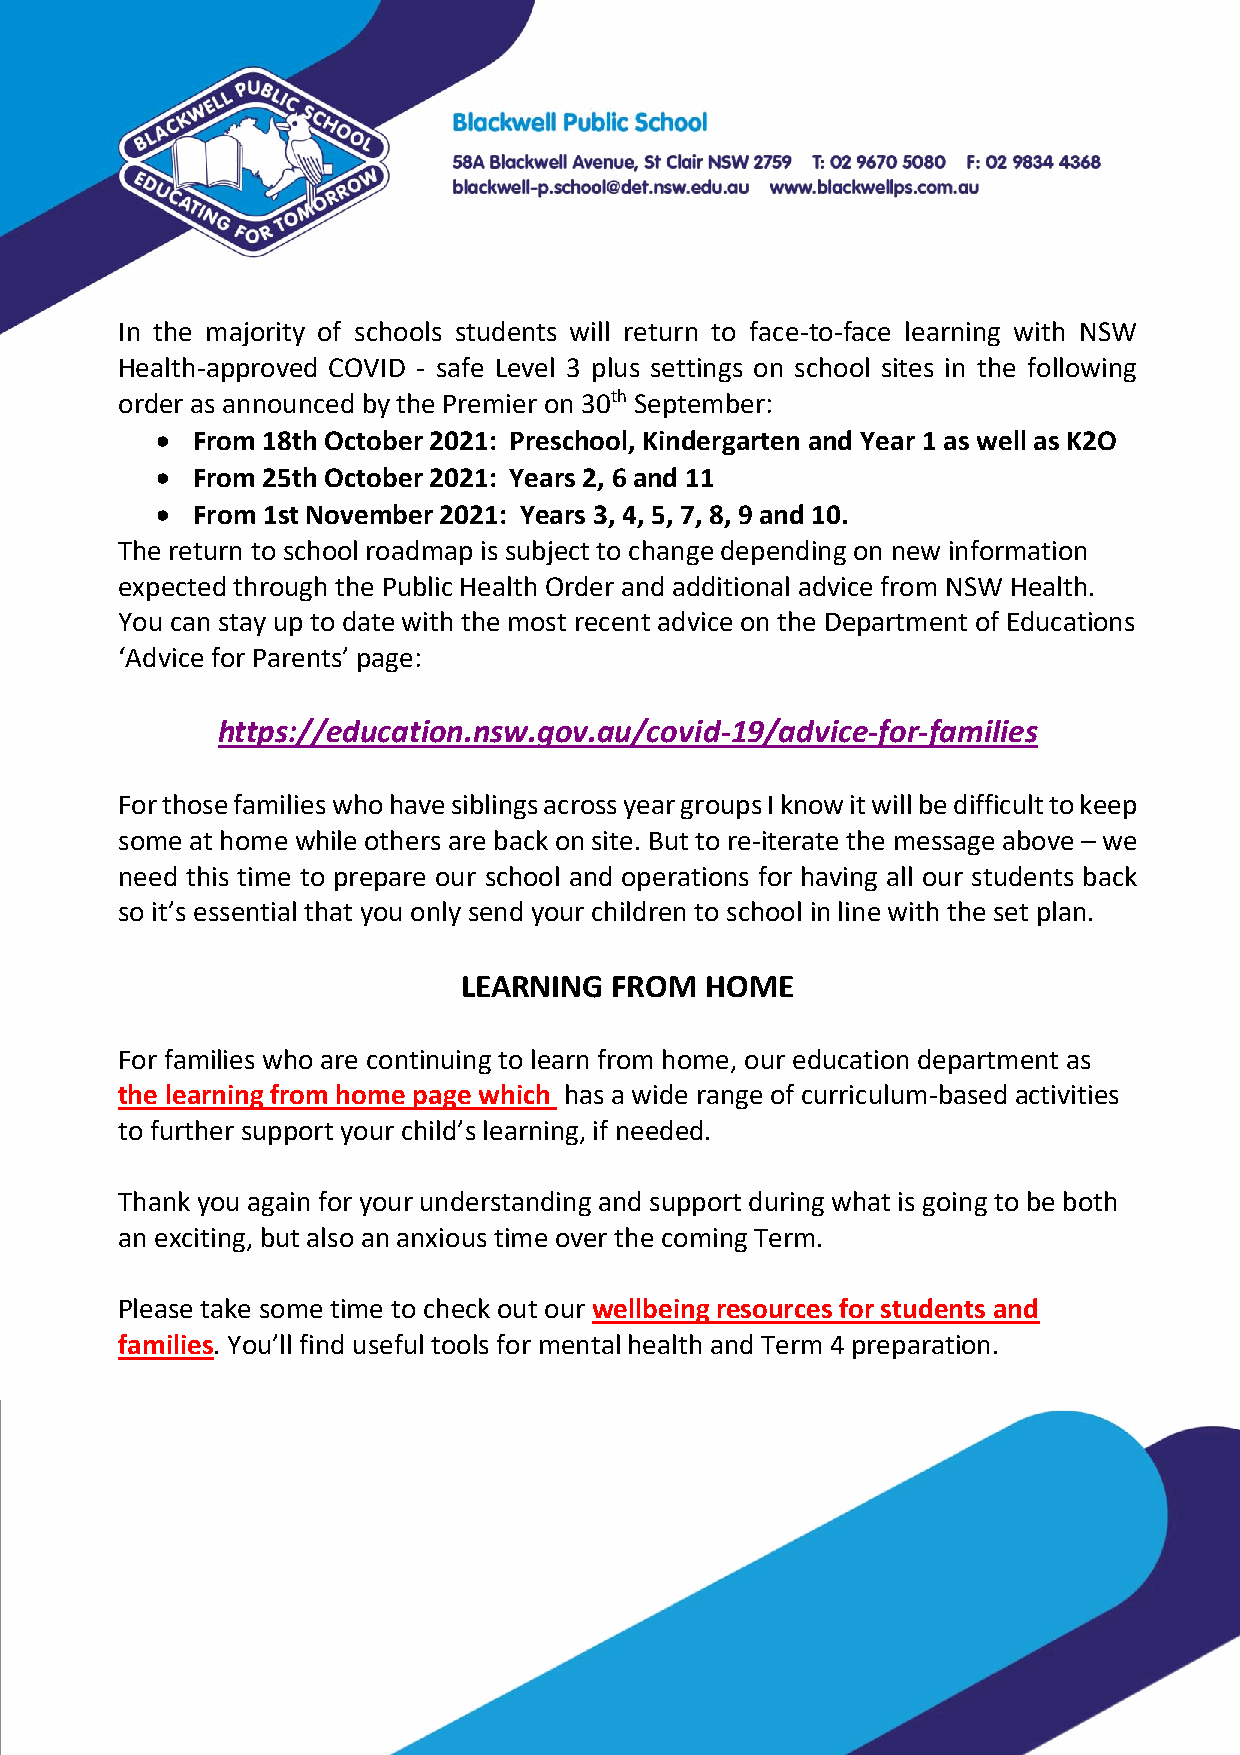
In the majority of schools students will return to face‐to‐face learning with NSW
 Health‐approved COVID ‐ safe Level 3 plus settings on school sites in the following
 order as announced by the Premier on 30th September:
 •  From 18th October 2021: Preschool, Kindergarten and Year 1 as well as K2O
 •  From 25th October 2021: Years 2, 6 and 11
 •  From 1st November 2021: Years 3, 4, 5, 7, 8, 9 and 10.
 The return to school roadmap is subject to change depending on new information
 expected through the Public Health Order and additional advice from NSW Health.
 You can stay up to date with the most recent advice on the Department of Educations
 ‘Advice for Parents’ page:
 https://education.nsw.gov.au/covid-19/advice-for-families
 For those families who have siblings across year groups I know it will be difficult to keep
 some at home while others are back on site. But to re‐iterate the message above – we
 need this time to prepare our school and operations for having all our students back
 so it’s essential that you only send your children to school in line with the set plan.
 LEARNING FROM   HOME
 For families who are continuing to learn from home, our education department as
 the learning from home page which has a wide range of curriculum‐based activities
 to further support your child’s learning, if needed.
 Thank you again for your understanding and support during what is going to be both
 an exciting, but also an anxious time over the coming Term.
 Please take some time to check out our wellbeing resources for students and
 families. You’ll find useful tools for mental health and Term 4 preparation.